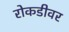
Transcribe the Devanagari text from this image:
रोकडीवर